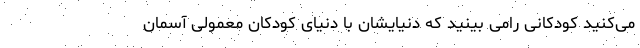
می‌کنید کودکانی رامی بینید که دنیایشان با دنیای کودکان معمولی آسمان